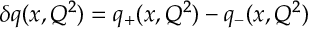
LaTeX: \delta q ( x , Q ^ { 2 } ) = q _ { + } ( x , Q ^ { 2 } ) - q _ { - } ( x , Q ^ { 2 } )